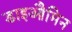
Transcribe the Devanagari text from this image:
डाइऔमिन